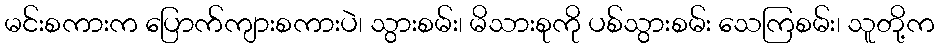
မင်းစကားက ပြောက်ကျားစကားပဲ၊ သွားစမ်း၊ မိသားစုကို ပစ်သွားစမ်း သေကြစမ်း၊ သူတို့က